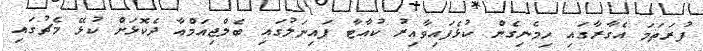
ފުރަތަމަ އެގާރާގައި ހިމެނިގެން ކުޅެފައިވާއިރު ކުއާޓާ ފައިނަލުގައި ބެލްޖިއަމްއާ ދެކޮޅަށް ކުޅޭ މެޗުގައި